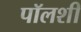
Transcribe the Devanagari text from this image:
पॉलशी